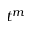
t ^ { m }